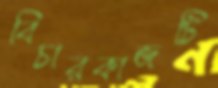
বিচারকাজটি